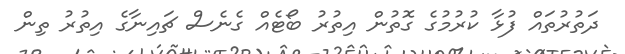
ދަތުރުތައް ފުޅާ ކުރުމުގެ ގޮތުން އިތުރު ބޯޓެއް ގެނެސް ޗައިނާގެ އިތުރު ތިން